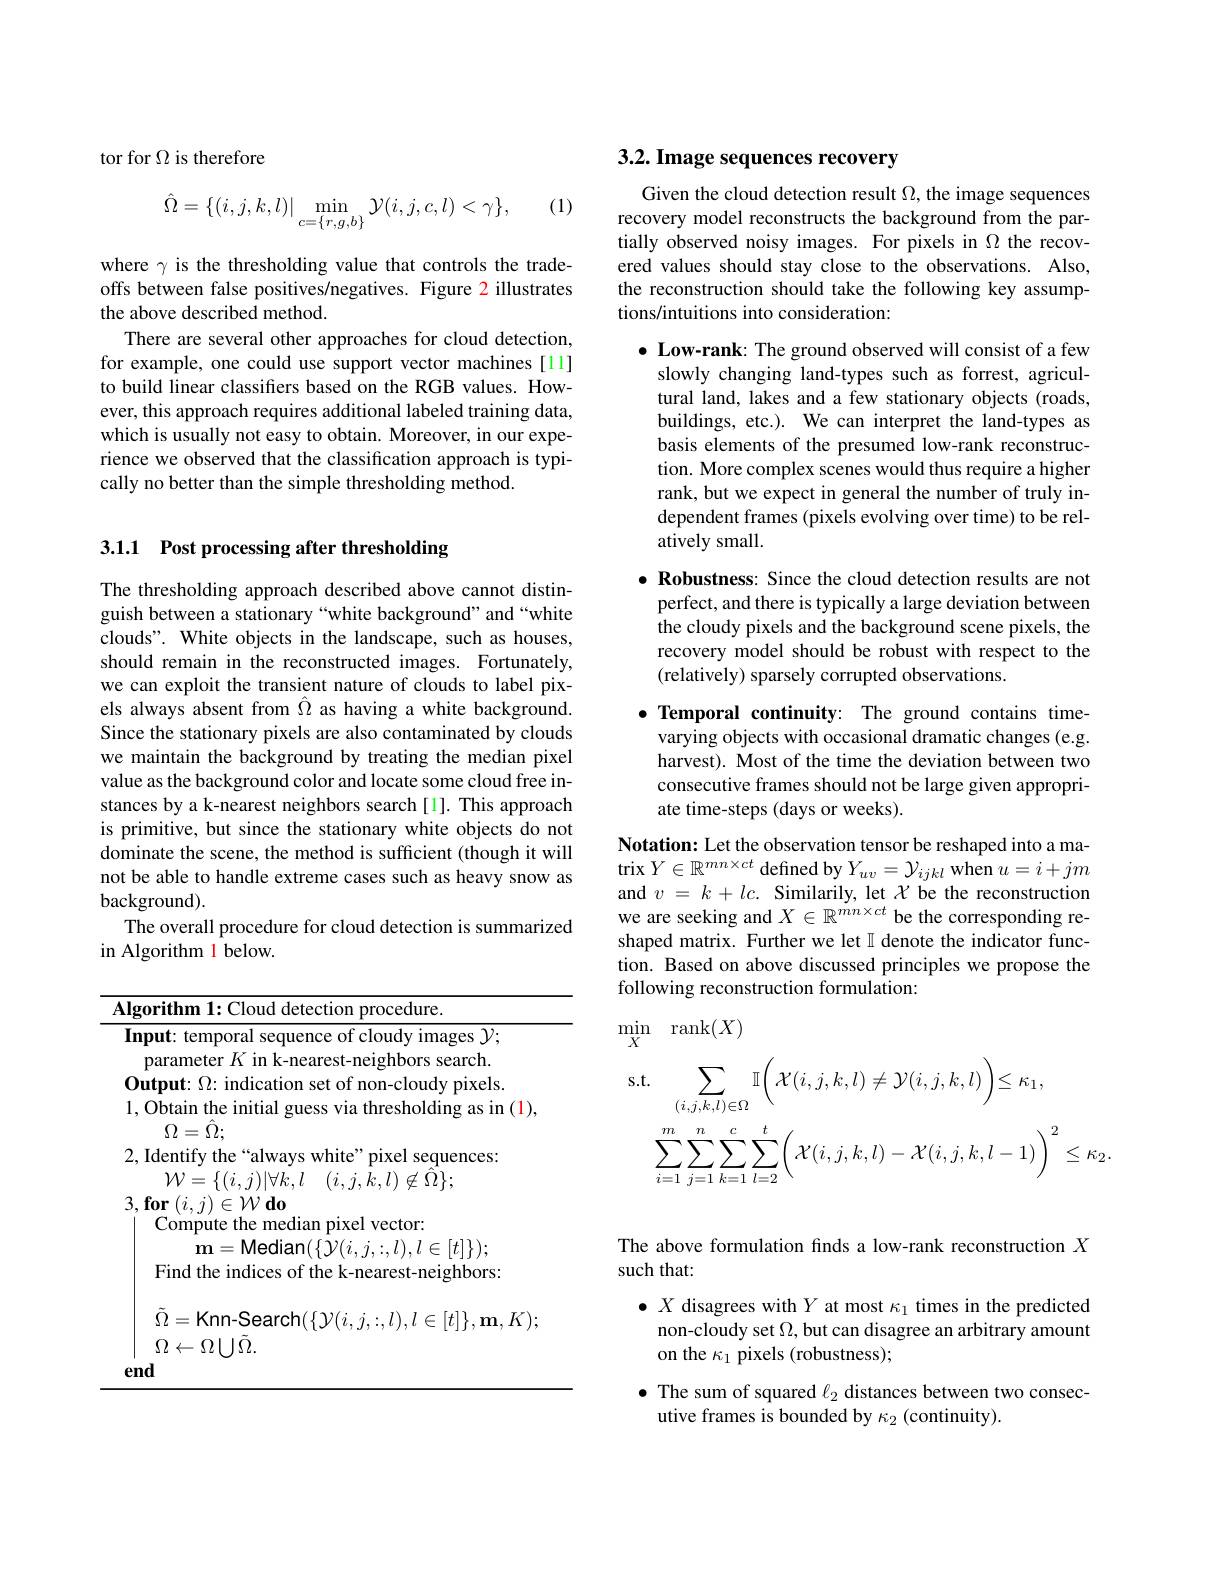
tor for $\Omega$ is therefore

(1)
$$\hat{\Omega}=\{(i,j,k,l)|\min_{c=\{r,g,b\}}\mathcal{Y}(i,j,c,l)<\gamma\},$$
where $\gamma$ is the thresholding value that controls the tradeoffs between false positives/negatives. Figure 2 illustrates the above described method.
There are several other approaches for cloud detection, for example, one could use support vector machines [11] to build linear classifers based on the RGB values. However, this approach requires additional labeled training data, which is usually not easy to obtain. Moreover, in our experience we observed that the classification approach is typically no better than the simple thresholding method.

## 3.1.1 Post processing after thresholding

The thresholding approach described above cannot distinguish between a stationary “white background" and “white clouds". White objects in the landscape, such as houses, should remain in the reconstructed images. Fortunately, we can exploit the transient nature of clouds to label pixels always absent from $\hat{\Omega}$ as having a white background Since the stationary pixels are also contaminated by clouds we maintain the background by treating the median pixel value as the background color and locate some cloud free instances by a k-nearest neighbors search[1]. This approach is primitive, but since the stationary white objects do not dominate the scene, the method is sufficient (though it will not be able to handle extreme cases such as heavy snow as background).
The overall procedure for cloud detection is summarized
in Algorithm 1 below.

<table>
	<tbody>
		<tr>
			<td>$AI$ 1</td>
			<td>ithm 1: Cloud detection procedure.</td>
		</tr>
		<tr>
			<td>I 1</td>
			<td>$\textbf{ut: temporal sequence of cloudy images }{\mathcal{Y} };$ $\mathop{\mathrm{meter}}K\mathop{\mathrm{in}}k-\mathop{\mathrm{ne}}$ t- neiohhors s search</td>
		</tr>
	</tbody>
</table>

# 3.2. Image sequences recovery

Given the cloud detection result $\Omega$, the image sequences recovery model reconstructs the background from the partially observed noisy images. For pixels in $\Omega$ the recovered values should stay close to the observations. Also, the reconstruction should take the following key assumptions/intuitions into consideration:

$\bullet$ Low-rank: The ground observed will consist of a few
slowly changing land-types such as forrest, agricultural land, lakes and a few stationary objects (roads, buildings, etc.). We can interpret the land-types as basis elements of the presumed low-rank reconstruction. More complex scenes would thus require a higher rank, but we expect in general the number of truly independent frames (pixels evolving over time) to be relatively small.

$\bullet$ Robustness: Since the cloud detection results are not
perfect, and there is typically a large deviation between the cloudy pixels and the background scene pixels, the recovery model should be robust with respect to the (relatively) sparsely corrupted observations.

$\bullet$ Temporal continuity: The ground contains time-
varying objects with occasional dramatic changes (e.g. harvest). Most of the time the deviation between two consecutive frames should not be large given appropriate time-steps (days or weeks).

Notation: Let the observation tensor be reshaped into a matrix $Y\in\mathbb{R}^{mn\times ct}$ defined by $Y_uv=\mathcal{Y}_{ijkl}$ when $u=i+jm$ and $v=k+lc.$ Similarily, let $\mathcal{X}$ be the reconstruction we are seeking and $X\in\mathbb{R}^mn\times ct$ be the corresponding reshaped matrix. Further we let $\mathbb{I}$ denote the indicator function. Based on above discussed principles we propose the following reconstruction formulation:
$$\begin{aligned}&\operatorname*{min}_{X}\quad\operatorname{rank}(X)\\&\mathrm{s.t.}\sum_{(i,j,k,l)\in\Omega}\mathbb{I}\bigg(\mathcal{X}(i,j,k,l)\neq\mathcal{Y}(i,j,k,l)\bigg)\leq\kappa_{1},\\&\sum_{i=1}^{m}\sum_{j=1}^{n}\sum_{k=1}^{c}\sum_{l=2}^{t}\bigg(\mathcal{X}(i,j,k,l)-\mathcal{X}(i,j,k,l-1)\bigg)^{2}\leq\kappa_{2}.\end{aligned}$$
The above formulation finds a low-rank reconstruction $X$
such that:

$\bullet X$ disagrees with $Y$ at most $\kappa_1$ times in the predicted
non-cloudy set $\Omega$, but can disagree an arbitrary amount
on the $\kappa_1$ pixels (robustness);
$\bullet$ The sum of squared $\ell_2$ distances between two consec-
utive frames is bounded by $\kappa_2$ (continuity)